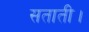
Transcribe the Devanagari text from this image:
सताती।